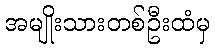
အမျိုးသားတစ်ဦးထံမှ